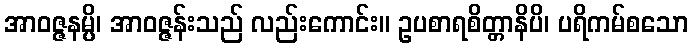
အာဝဇ္ဇနမ္ပိ၊ အာဝဇ္ဇန်းသည် လည်းကောင်း။ ဥပစာရစိတ္တာနိပိ၊ ပရိကမ်စသော